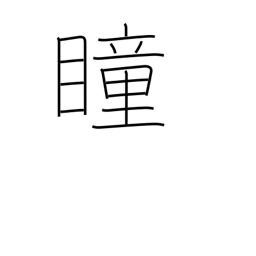
Meaning: pupil (of eye)